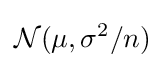
{\mathcal {N}}(\mu ,\sigma ^{2}/n)